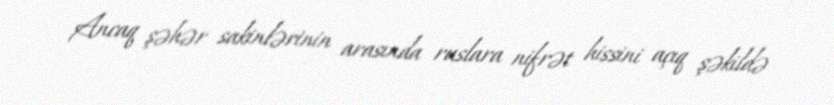
Ancaq şəhər sakinlərinin arasında ruslara nifrət hissini açıq şəkildə